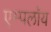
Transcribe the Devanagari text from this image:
एम्पलॉय